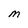
Character: M